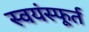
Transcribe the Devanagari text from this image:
स्वयंस्फूर्त